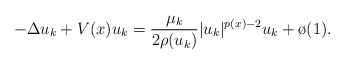
\begin{align*} - \Delta u_k + V(x)u_k = \frac{\mu_k}{2\rho(u_k)}|u_k|^{p(x) - 2} u_k+ \o(1).\end{align*}